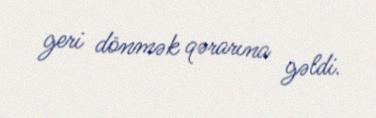
geri dönmək qərarına gəldi.